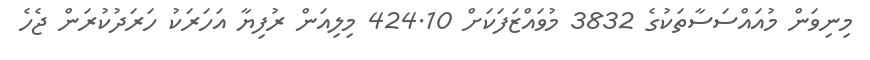
މިނިވަން މުއައްސަސާތަކުގެ 3832 މުވައްޒަފަކަށް 424.10 މިލިއަން ރުފިޔާ އަހަރަކު ހަރަދުކުރަން ޖެހެ